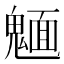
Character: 𩳾